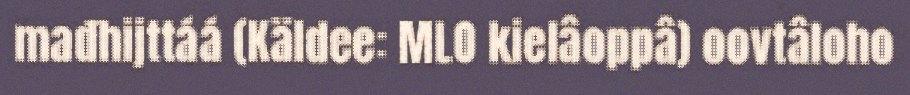
mađhijttáá (Käldee: MLO kielâoppâ) oovtâloho